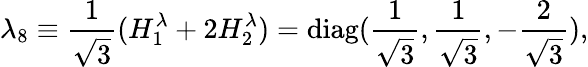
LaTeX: \lambda_{8}\equiv\frac{1}{\sqrt 3}(H_{1}^{\lambda}+2H_{2}^{\lambda})=\mathrm{diag}(\frac{1}{\sqrt 3},\frac{1}{\sqrt 3},-\frac{2}{\sqrt 3}),